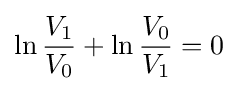
\ln {\frac {V_{1}}{V_{0}}}+\ln {\frac {V_{0}}{V_{1}}}=0